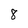
Character: 8